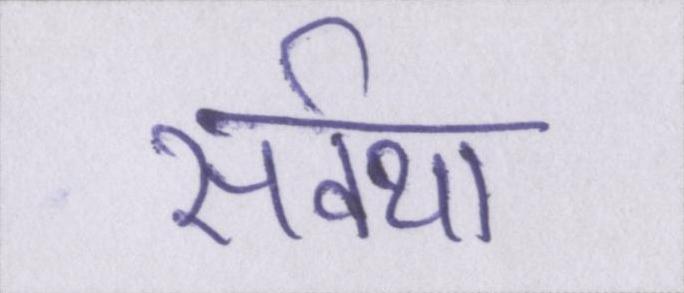
सर्वथा